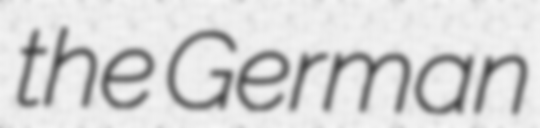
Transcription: the German